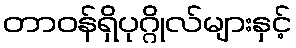
တာဝန်ရှိပုဂ္ဂိုလ်များနှင့်